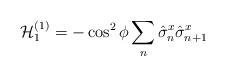
LaTeX: \begin{align*}\mathcal{H}_1^{(1)}=-\cos^2 \phi \sum_n \hat{\sigma}^x_n \hat{\sigma}^x_{n+1}\end{align*}